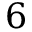
6